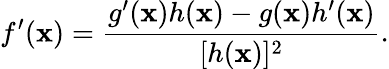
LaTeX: f^{\prime}(\mathbf{x})={\frac{{g^{\prime}(\mathbf{x})h(\mathbf{x})-g(\mathbf{x})h^{\prime}(\mathbf{x})}}{{[h(\mathbf{x})]^{2}}}}.